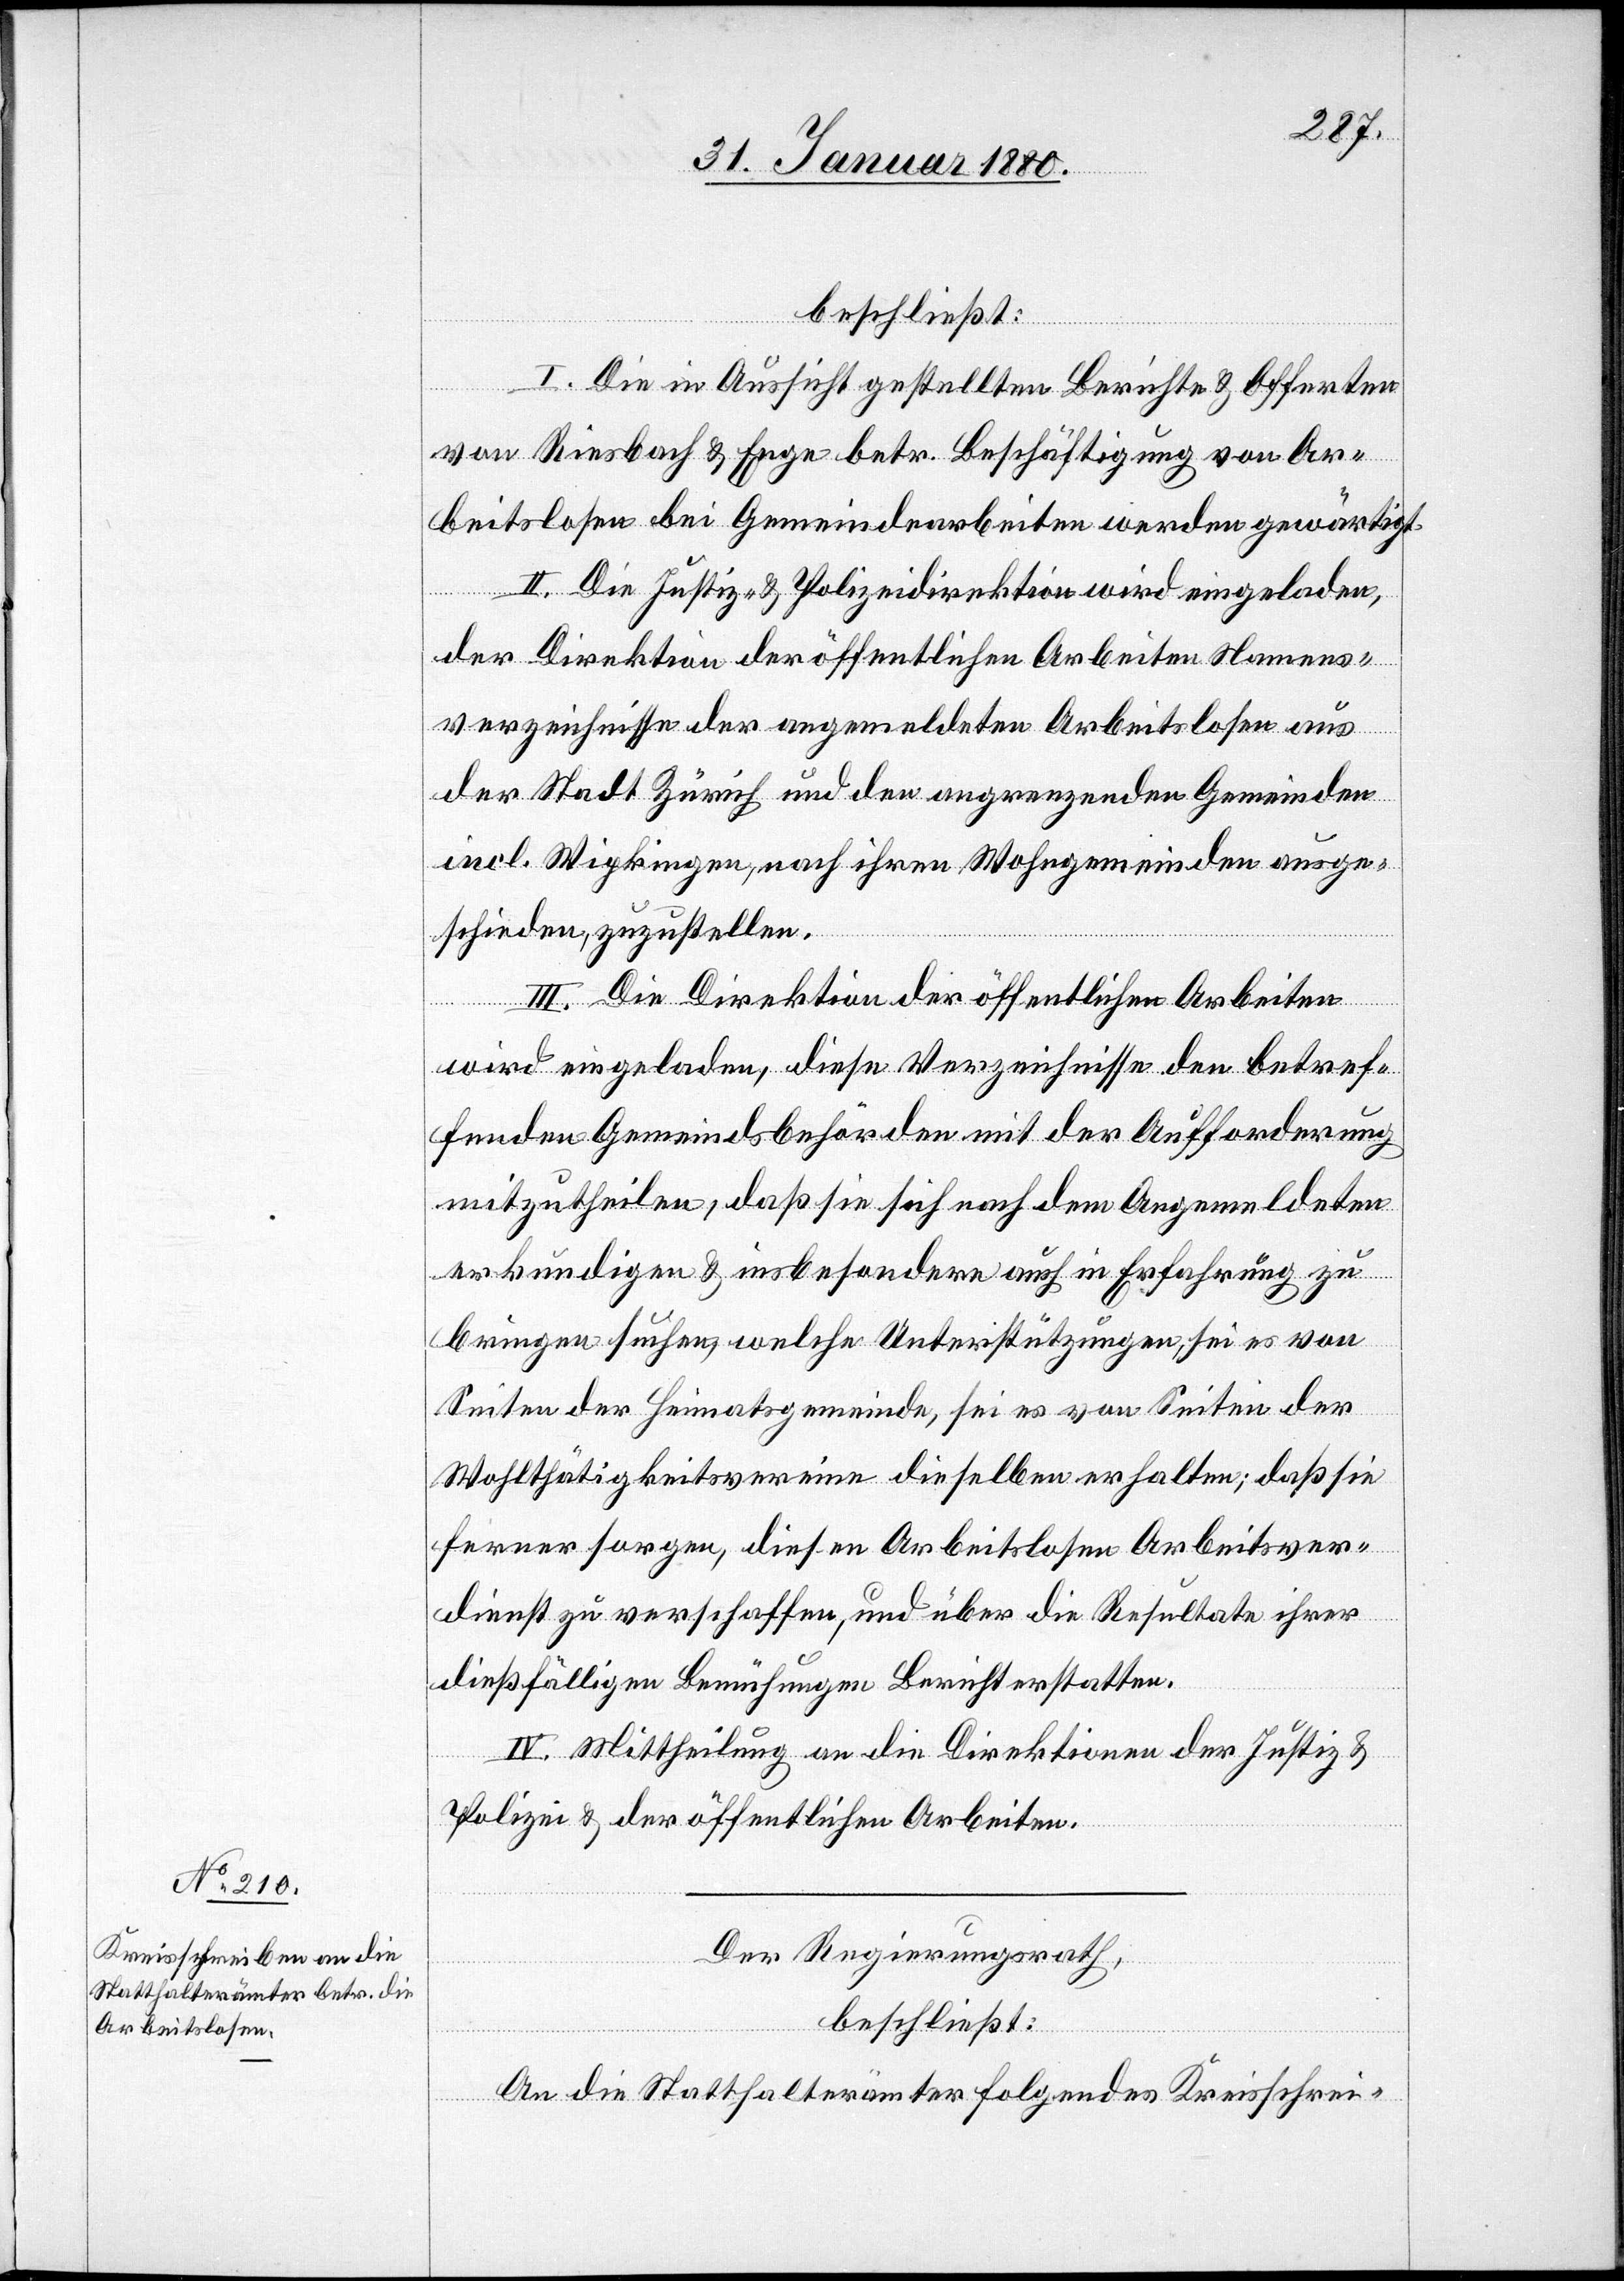
beschließt:
I. Die in Aussicht gestellten Berichte & Offerten
von Riesbach & Enge betr. Beschäftigung von Ar¬
beitslosen bei Gemeindearbeiten werden gewärtigt.
II. Die Justiz- & Polizeidirektion wird eingeladen,
der Direktion der öffentlichen Arbeiten Namens¬
verzeichnisse der angemeldeten Arbeitslosen aus
der Stadt Zürich und den angrenzenden Gemeinden
incl. Wipkingen, nach ihren Wohngemeinden ausge¬
schieden, zuzustellen.
III. Die Direktion der öffentlichen Arbeiten
wird eingeladen, diese Verzeichnisse den betref¬
fenden Gemeindsbehörden mit der Aufforderung
mitzutheilen, daß sie sich nach dem Angemeldeten
erkundigen & insbesondere auch in Erfahrung zu
bringen suchen, welche Unterstützungen, sei es von
Seiten der Heimatsgemeinde, sei es von Seiten der
Wohlthätigkeitsvereine dieselben erhalten; daß sie
ferner sorgen, diesen Arbeitslosen Arbeitsver¬
dienst zu verschaffen, und über die Resultate ihrer
dießfälligen Bemühungen Bericht erstatten.
IV. Mittheilung an die Direktionen der Justiz &
Polizei & der öffentlichen Arbeiten.
Der Regierungsrath,
beschließt:
An die Statthalterämter folgendes Kreisschrei-